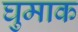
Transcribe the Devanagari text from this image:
घुमाक